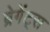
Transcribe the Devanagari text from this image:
ब्रेगेंट्स